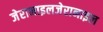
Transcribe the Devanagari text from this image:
जेरानाइलजेरानाइल